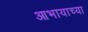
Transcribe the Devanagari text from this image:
आभायाच्या